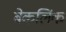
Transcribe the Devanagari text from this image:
बेकलिंक